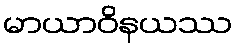
မာယာဝိနယဿ